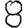
Digit: 8